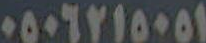
٠٥٠٦٢١٥٠٥١